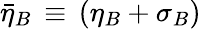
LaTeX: {\bar{\eta}}_{B}\, \equiv\, (\eta_{B}+\sigma_{B})